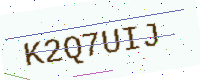
Text: K2Q7UIJ